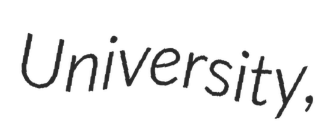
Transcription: University,